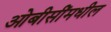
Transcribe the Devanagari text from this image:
ओबीसींमधील